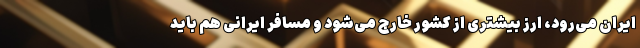
ایران می‌رود، ارز بیشتری از کشور خارج می‌شود و مسافر ایرانی هم باید